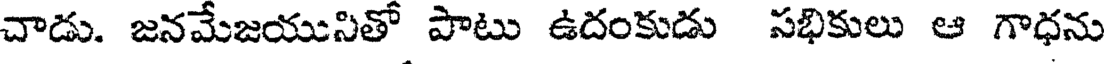
చాడు. జనమేజయునితో పాటు ఉదంకుడు సభికులు ఆ గాధను